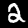
Label: 2